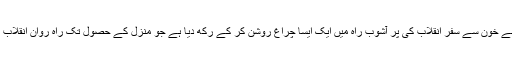
بلاشبہ رضوان شہید نے اپنے خون سے سفرِ انقلاب کی پُر آشوب راہ میں ایک ایسا چراغ روشن کر کے رکھ دیا ہے جو منزل کے حصول تک راہ روانِ اِنقلاب کی راہنمائی کرتا رہے گا۔